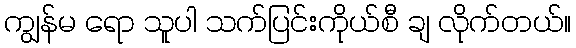
ကျွန်မ ရော သူပါ သက်ပြင်းကိုယ်စီ ချ လိုက်တယ်။